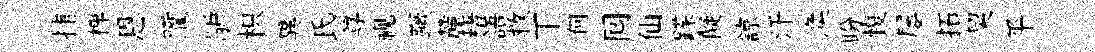
捕椑恩躪馿枳異氏尊视蹶麓楮語救丅何囘仙蹀儗諒汗渙盼愎屡拓契平